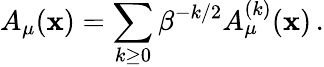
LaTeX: A_{\mu}(\mathbf{x})=\sum_{k\ge0}\beta^{-k/2}A_{\mu}^{(k)}(\mathbf{x})\, .